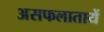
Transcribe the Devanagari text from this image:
असफलातायें